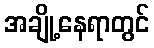
အချို့နေရာတွင်